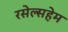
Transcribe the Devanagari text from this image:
रसेल्सहेम